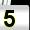
Digit: 5